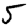
Digit: 5